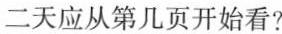
二天应从第几页开始看?